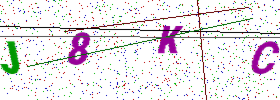
Text: J8KC